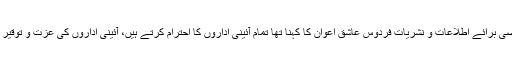
وزیراعظم کی معاون خصوصی برائے اطلاعات و نشریات فردوس عاشق اعوان کا کہنا تھا تمام آئینی اداروں کا احترام کرتے ہیں، آئینی اداروں کی عزت و توقیر ہمارے لیے انتہائی مقدم ہے۔